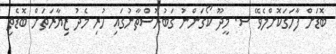
ބޮޑަށް ފާހަގަކޮށްލެވޭ ސ. މީދޫ ކޯގަންނު ގަބުރުސްތާނުގައި ހުރި މެދު ޒިޔާރަތަށް ބޮޑެތި